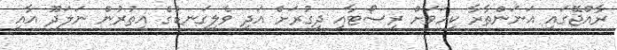
ރާއްޖޭގައި އަނަންތާރާ ކިހަވަށް ރިސޯޓާއި ދިގުރަށް އަދި ވެލިގަނޑުގެ އިތުރުން ނަލަދޫ އާއި